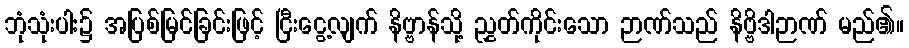
ဘုံသုံးပါး၌ အပြစ်မြင်ခြင်းဖြင့် ငြီးငွေ့လျက် နိဗ္ဗာန်သို့ ညွှတ်ကိုင်းသော ဉာဏ်သည် နိဗ္ဗိဒါဉာဏ် မည်၏။